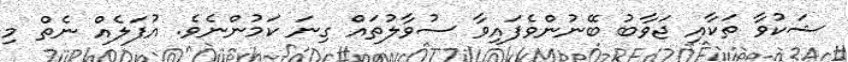
ޝަކުވާ ތަކާއި ޖަވާބު ބޭނުންވެފައިވާ ސުވާލުތައް ގިނަ ކަމުންނެވެ. އުފަލެއް ނެތް މި